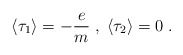
\begin{align*}\langle \tau_1 \rangle =-\frac{e}{m} \; , \; \langle \tau_2 \rangle = 0 \; .\end{align*}